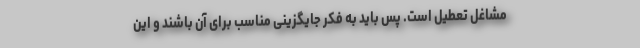
مشاغل تعطیل است. پس باید به فکر جایگزینی مناسب برای آن باشند و این